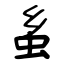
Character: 蚃